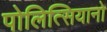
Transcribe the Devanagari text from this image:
पोलित्सियानो